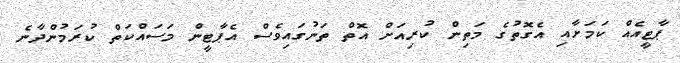
ޕާޓީއެއް ކަމަށާއި އެގޮތުގެ މަތިން ކުރިއަށް އޮތް ތަނުގައިވެސް އެޕާޓީން މަސައްކަތް ކުރަމުންދާނެ